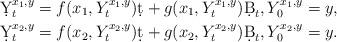
LaTeX: \begin{align*} \d Y_t^{x_1,y}&=f(x_1,Y_t^{x_1,y})\d t+g(x_1,Y_t^{x_1,y})\d B_t,Y_0^{x_1,y}=y,\\ \d Y_t^{x_2,y}&=f(x_2,Y_t^{x_2,y})\d t+g(x_2,Y_t^{x_2,y})\d B_t,Y_0^{x_2,y}=y. \end{align*}